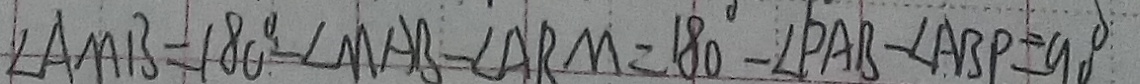
\angle A M B = 1 8 0 ^ { \circ } - \angle M A B - \angle A R M = 1 8 0 ^ { \circ } - \angle P A B - \angle A B P = 9 0 ^ { \circ }